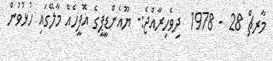
މާރޗް 28 - 1978  ދިވެހިރާއްޖެ:- ޔޫއެންޑީޕީގެ އޮފީހެއް މާލޭގައި ހުޅުވުން